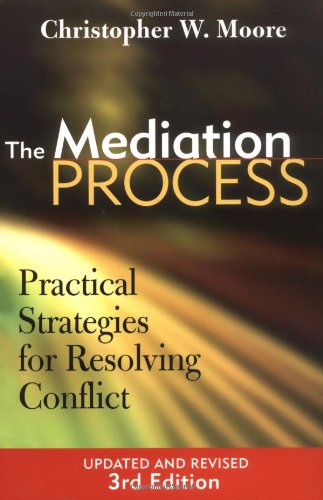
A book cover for The Mediation Process: Practical Strategies for Resolving Conflict; Christopher W. Moore; Law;